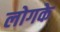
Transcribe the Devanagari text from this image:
लोगके